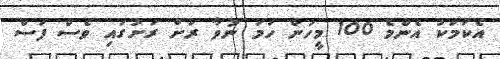
އެކަމަކު އެންމެ 100 މީހުން ހަމަ ނުވާ ރަށް ރަށުގައި ވެސް ފަސް